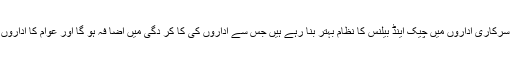
انہو ں نے مزید کہا کہ سرکاری اداروں میں چیک اینڈ بیلنس کا نظام بہتر بنا رہے ہیں جس سے اداروں کی کا کر دگی میں اضا فہ ہو گا اور عوام کا اداروں پر اعتماد بحا ل ہو گا ۔